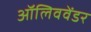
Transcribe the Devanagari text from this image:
ऑलिववेंडर